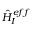
\hat { H } _ { I } ^ { e f f }